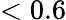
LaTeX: <0.6